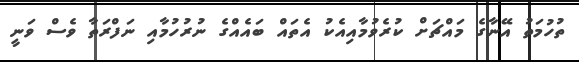
ތުހުމަތު އޭނާގެ މައްޗަށް ކުރެވުމާއިއެކު އެތައް ބައެއްގެ ނުރުހުމާއި ނަފްރަތާ ވެސް ވަނީ